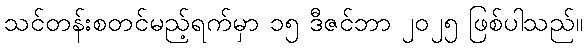
သင်တန်းစတင်မည့်ရက်မှာ ၁၅ ဒီဇင်ဘာ ၂၀၂၅ ဖြစ်ပါသည်။